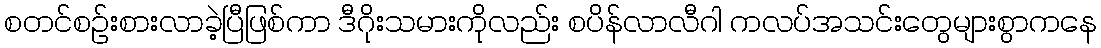
စတင်စဉ်းစားလာခဲ့ပြီဖြစ်ကာ ဒီဂိုးသမားကိုလည်း စပိန်လာလီဂါ ကလပ်အသင်းတွေများစွာကနေ